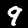
Label: 9